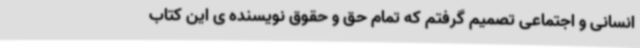
انسانی و اجتماعی تصمیم گرفتم که تمام حق و حقوق نویسنده ی این کتاب